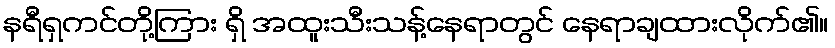
နရီရှကင်တို့ကြား ရှိ အထူးသီးသန့်နေရာတွင် နေရာချထားလိုက်၏။